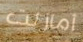
أمازلت